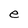
Character: e